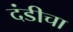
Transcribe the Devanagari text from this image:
दंडीचा